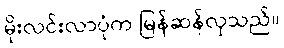
မိုးလင်းလာပုံက မြန်ဆန်လှသည်။